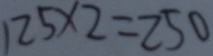
1 2 5 \times 2 = 2 5 0